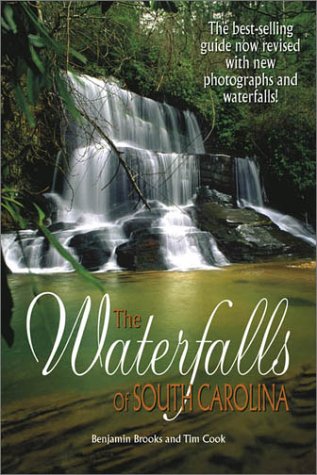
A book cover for The Waterfalls of South Carolina; Tim Cook; Travel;